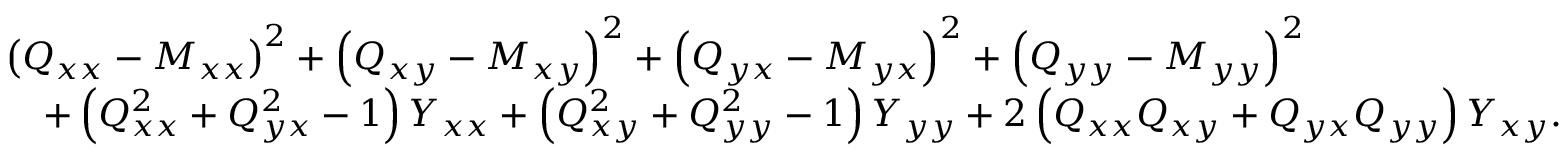
{ \begin{array} { r l } & { \left( Q _ { x x } - M _ { x x } \right) ^ { 2 } + \left( Q _ { x y } - M _ { x y } \right) ^ { 2 } + \left( Q _ { y x } - M _ { y x } \right) ^ { 2 } + \left( Q _ { y y } - M _ { y y } \right) ^ { 2 } } \\ & { \quad + \left( Q _ { x x } ^ { 2 } + Q _ { y x } ^ { 2 } - 1 \right) Y _ { x x } + \left( Q _ { x y } ^ { 2 } + Q _ { y y } ^ { 2 } - 1 \right) Y _ { y y } + 2 \left( Q _ { x x } Q _ { x y } + Q _ { y x } Q _ { y y } \right) Y _ { x y } . } \end{array} }